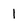
Character: 1